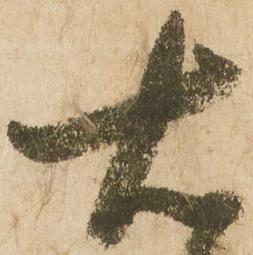
右